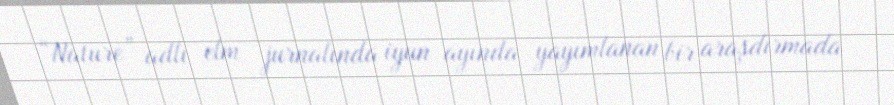
“Nature” adlı elm jurnalında iyun ayında yayımlanan bir araşdırmada